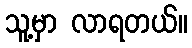
သူ့မှာ လာရတယ်။